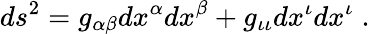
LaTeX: ds^{2}=g_{\alpha\beta}dx^{\alpha}dx^{\beta}+g_{\iota\iota}dx^{\iota}dx^{\iota}\; .